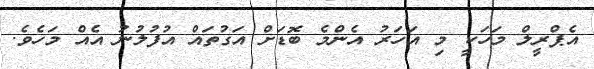
އެޕްރީލް މަހަކީ މި އަހަރު އެންމެ ބޮޑަށް އަގުތައް އުފުލުނު އެއް މަހެވެ.